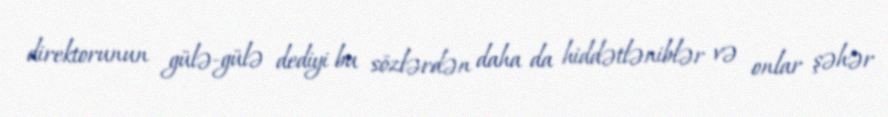
direktorunun gülə-gülə dediyi bu sözlərdən daha da hiddətləniblər və onlar şəhər